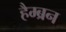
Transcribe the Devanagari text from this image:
हैम्ब्रन